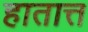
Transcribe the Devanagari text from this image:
हातात्त